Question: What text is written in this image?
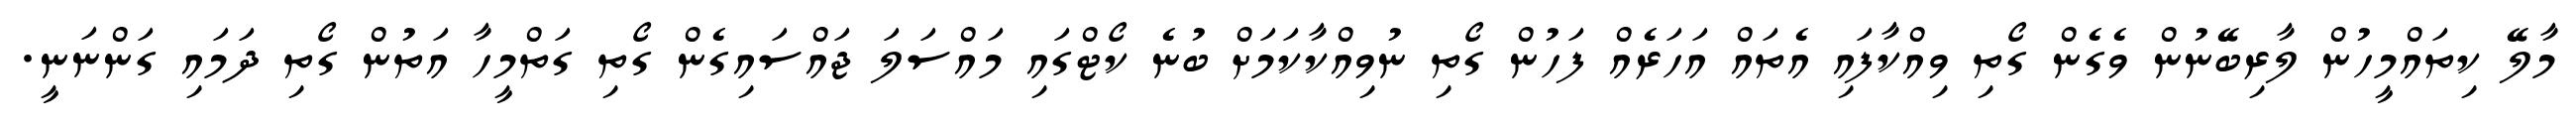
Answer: މާލޭ ކިތައްމީހުން ލާރިބޭނުން ވެގެން ގޯތި ވިއްކާފައި އެތައް އަހަރެއް ފަހުން ގޯތި ނުވިއްކާކަމަށް ބުނެ ކޯޓްގައި މައްސަލަ ޖައްސައިގެން ގޯތި ގަތްމީހާ އަތުން ގޯތި ދަމައި ގަންނަނީ.